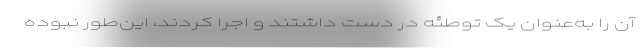
آن را به‌عنوان یک توطئه در دست داشتند و اجرا کردند، این‌طور نبوده